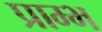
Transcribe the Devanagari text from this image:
प्राम्‍भ